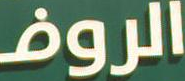
الروف